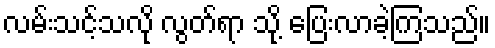
လမ်းသင့်သလို လွတ်ရာ သို့ ပြေးလာခဲ့ကြသည်။